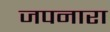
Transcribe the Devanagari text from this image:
जपनारा